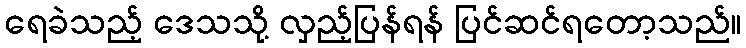
ရေခဲသည့် ဒေသသို့ လှည့်ပြန်ရန် ပြင်ဆင်ရတော့သည်။